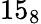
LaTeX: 15_{8}